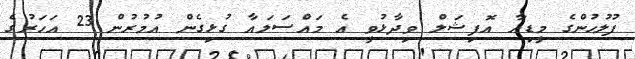
ފުލުހުންގެ މީޑިއާ އޮފިޝަލް ވިދާޅުވީ އެ މައްސަލައާ ގުޅިގެން އުމުރުން 23 އަހަރުގެ